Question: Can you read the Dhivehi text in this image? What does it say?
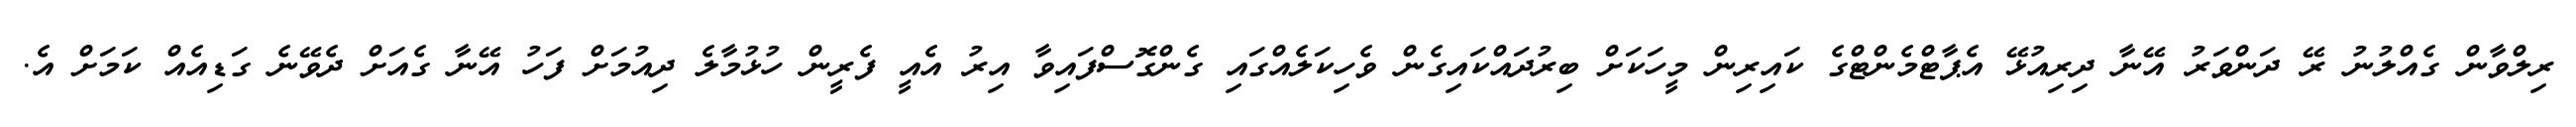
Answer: ރިލްވާން ގެއްލުނު ރޭ ދަންވަރު އޭނާ ދިރިއުޅޭ އެޕާޓްމެންޓްގެ ކައިރިން މީހަކަށް ބިރުދައްކައިގެން ވެހިކަލެއްގައި ގެންގޮސްފައިވާ އިރު އެއީ ފެރީން ހުޅުމާލެ ދިއުމަށް ފަހު އޭނާ ގެއަށް ދެވޭނެ ގަޑިއެއް ކަމަށް އެ.